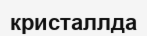
кристаллда